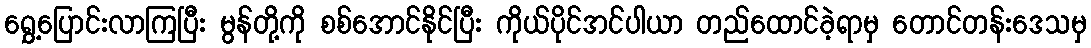
ရွှေ့ပြောင်းလာကြပြီး မွန်တို့ကို စစ်အောင်နိုင်ပြီး ကိုယ်ပိုင်အင်ပါယာ တည်ထောင်ခဲ့ရာမှ တောင်တန်းဒေသမှ